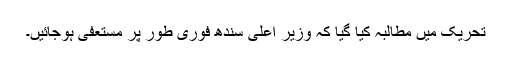
تحریک میں مطالبہ کیا گیا کہ وزیر اعلیٰ سندھ فوری طور پر مستعفی ہوجائیں۔